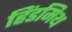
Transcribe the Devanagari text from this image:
हिंडमिथ